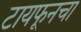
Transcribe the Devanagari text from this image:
टायफूनचा